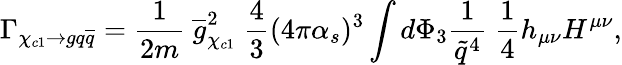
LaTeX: \Gamma_{\chi_{c1}\rightarrow gq{\overline{{q}}}}=\frac{1}{2m}\ {\overline{{g}}}_{\chi_{c1}}^{2}\ \frac{4}{3}(4\pi\alpha_{s})^{3}\int d\Phi_{3}\frac{1}{\tilde{q}^{4}}\ \frac{1}{4}h_{\mu\nu}H^{\mu\nu},